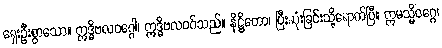
ရှေးဦးစွာသော။ ဣဒ္ဓိဗလဝဂ္ဂေါ၊ ဣဒ္ဓိဗလဝဂ်သည်။ နိဋ္ဌိတော၊ ပြီးဆုံးခြင်းသို့ရောက်ပြီ။ ဣမသ္မိံဝဂ္ဂေ၊